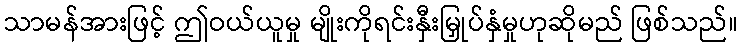
သာမန်အားဖြင့် ဤဝယ်ယူမှု မျိုးကိုရင်းနှီးမြှုပ်နှံမှုဟုဆိုမည် ဖြစ်သည်။